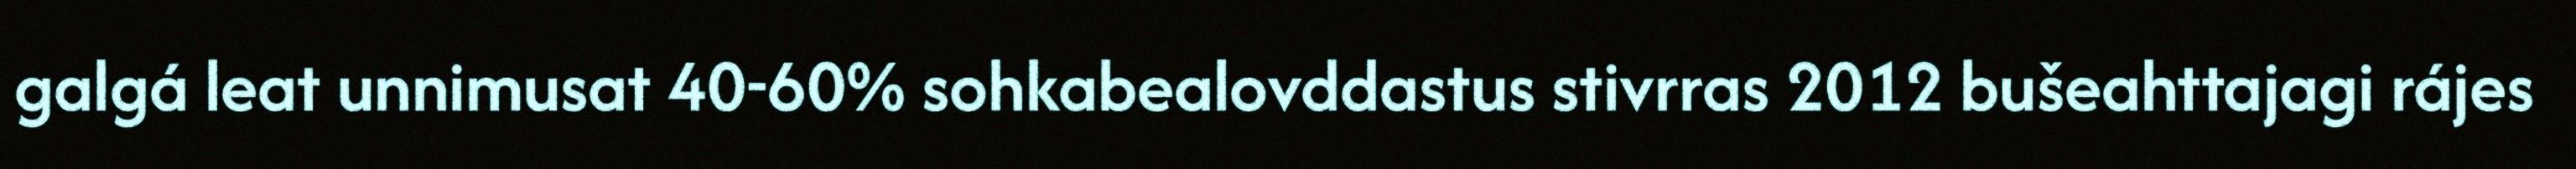
galgá leat unnimusat 40-60% sohkabealovddastus stivrras 2012 bušeahttajagi rájes